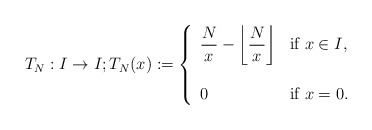
\begin{align*}T_N:I \to I; T_{N}(x):=\left\{\begin{array}{ll}{\displaystyle \frac{N}{x}- \left\lfloor\frac{N}{x}\right\rfloor}&{ \mbox{if } x \in I,}\\\\0& \mbox{if }x=0.\end{array}\right. \end{align*}